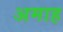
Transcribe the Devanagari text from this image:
अमाह